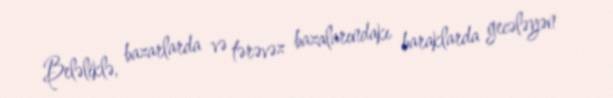
Beləliklə, bazarlarda və tərəvəz bazalarındakı baraklarda gecələyən